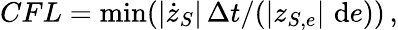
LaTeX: CFL=\operatorname*{min}(|\dot{z}_{S}|\, \Delta t/(|z_{S,e}|\, \, \mathrm{d}e))\, ,